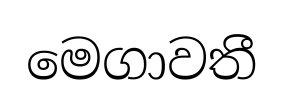
මෙගාවතී